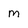
Character: m